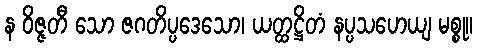
န ဝိဇ္ဇတီ သော ဇဂတိပ္ပဒေသော၊ ယတ္ထဋ္ဌိတံ နပ္ပသဟေယျ မစ္စု။